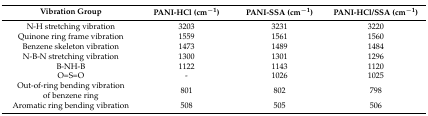
<table><thead><tr><td><b>Vibration Group</b></td><td><b>PANI-HCl (cm<sup>−1</sup>)</b></td><td><b>PANI-SSA (cm<sup>−1</sup>)</b></td><td><b>PANI-HCl/SSA (cm<sup>−1</sup>)</b></td></tr></thead><tbody><tr><td>N-H stretching vibration</td><td>3203</td><td>3231</td><td>3220</td></tr><tr><td>Quinone ring frame vibration</td><td>1559</td><td>1561</td><td>1560</td></tr><tr><td>Benzene skeleton vibration</td><td>1473</td><td>1489</td><td>1484</td></tr><tr><td>N-B-N stretching vibration</td><td>1300</td><td>1301</td><td>1296</td></tr><tr><td>B-NH-B</td><td>1122</td><td>1143</td><td>1120</td></tr><tr><td>O=S=O</td><td>-</td><td>1026</td><td>1025</td></tr><tr><td>Out-of-ring bending vibration of benzene ring</td><td>801</td><td>802</td><td>798</td></tr><tr><td>Aromatic ring bending vibration</td><td>508</td><td>505</td><td>506</td></tr></tbody></table>